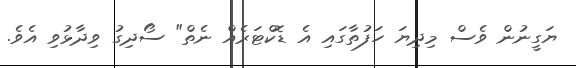
ޔަގީނުން ވެސް މިދިޔަ ހަފުތާގައި އެ ޑޮކްޓަރެއް ނެތް" ސޯދިގު ވިދާޅުވި އެވެ.